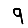
Digit: 9